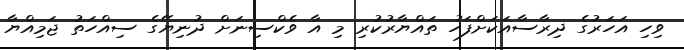
ވިހި އަހަރުގެ ދިރާސާއަކަށްފަހު ތައްޔާރުކުރި މި އާ ވެކްސިނަށް ދުނިޔޭގެ ސިއްހަތު ޖަމިއްޔާ